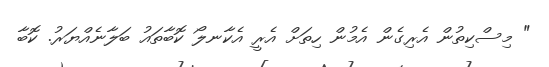
" މިސްކިތުން އެރިގެން އެމުން ހިތަށް އެރީ އެކާނލޯ ކޮބާތައު ބަލާނެއްޔަރު. ކޮބާ